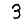
Digit: 3